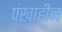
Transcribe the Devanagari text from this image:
पंखाहीन